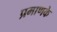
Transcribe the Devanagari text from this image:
प्रमाणके